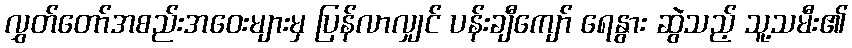
လွှတ်တော်အစည်းအဝေးများမှ ပြန်လာလျှင် ပန်းချီကျော် ရေနွား ဆွဲသည့် သူ့သမီး၏